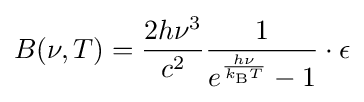
B(\nu ,T)={\frac {2h\nu ^{3}}{c^{2}}}{\frac {1}{e^{\frac {h\nu }{k_{\mathrm {B} }T}}-1}}\cdot \epsilon